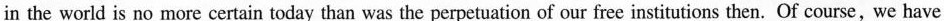
in the world is no more certain today than was the perpetuation of our free institutions then. Of course,we have